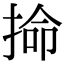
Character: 掵